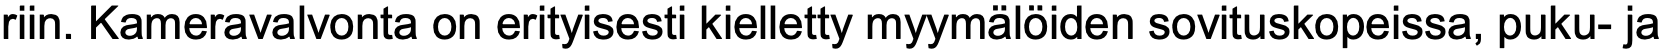
riin. Kameravalvonta on erityisesti kielletty myymälöiden sovituskopeissa, puku- ja